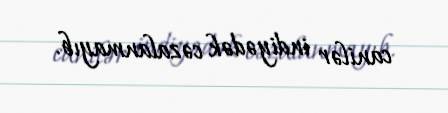
canilər indiyədək cəzalanmayıb.